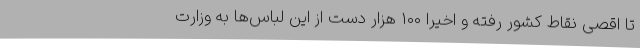
تا اقصی نقاط کشور رفته و اخیراً 100 هزار دست از این لباس‌ها به وزارت